Indian journal of veterinary science and animal husbandry - Volume 8,
Year: 1938
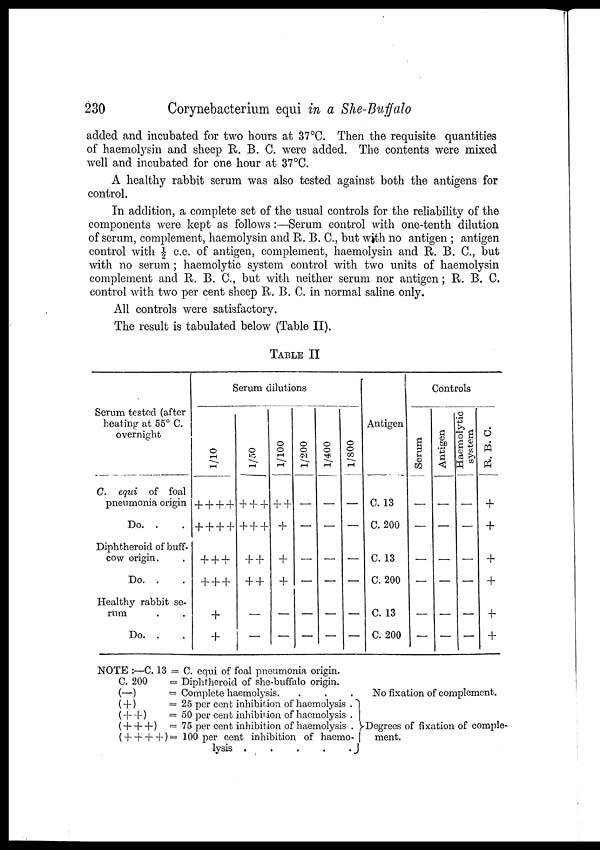
230
Corynebacterium equi in a She-Buffalo
added and incubated for two hours at 37°C. Then the requisite quantities
of haemolysin and sheep R. B. C. were added. The contents were mixed
well and incubated for one hour at 37°C.
A healthy rabbit serum was also tested against both the antigens for
control.
In addition, a complete set of the usual controls for the reliability of the
components were kept as follows:—Serum control with one-tenth dilution
of serum, complement, haemolysin and R. B. C, but with no antigen ; antigen
control with ½ c.c. of antigen, complement, haemolysin and R. B. C, but
with no serum; haemolytic system control with two units of haemolysin
complement and R. B. C, but with neither serum nor antigen; R. B. C.
control with two per cent sheep R. B. C. in normal saline only.
All controls were satisfactory.
The result is tabulated below (Table II).
TABLE II
Serum tested (after
heating at 55° C.
overnight
C. equi of foal
pneumonia origin
Do. .
Diphtheroid of buff-
cow origin.
Do. .
Healthy rabbit se-
rum
Do. .
Serum dilutions
1/10
+ + + +
+ + + +
+ + +
+ + +
+
+
1/50
+ + +
+ + +
+ +
+ +
—
—
1/100
++
+
+
+
—
—
1/200
—
—
—
—
—
—
1/400
—
—
—
—
—
—
1/800
—
—
—
—
—
—
Antigen
C. 13
C. 200
C. 13
C. 200
C. 13
C.200
Controls
Se r
um
—
—
—
—
—
—
Antigen
—
—
—
—
—
—
Haemolytic
system
—
—
—
—
—
—
R. B. C.
+
+
+
+
+
+
NOTE :—C. 13 = C. equi of foal pneumonia origin.
C. 200
= Diphtheroid of she-buffalo origin.
(—)
= Complete haemolysis.
.
.
.
No fixation of complement.
( + )
=25 per cent inhibition of haemolysis .
( + +)
= 50 per cent inhibition of haemolysis .
( + + +) =75 per cent inhibition of haemolysis .
( + + + +)= 100 per cent inhibition of
haemo¬
lysis
Degrees of fixation of comple-
ment.